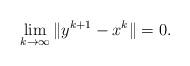
LaTeX: \begin{align*}\lim_{k\to\infty}\|y^{k+1}-x^{k}\|=0.\end{align*}